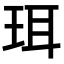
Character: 珥